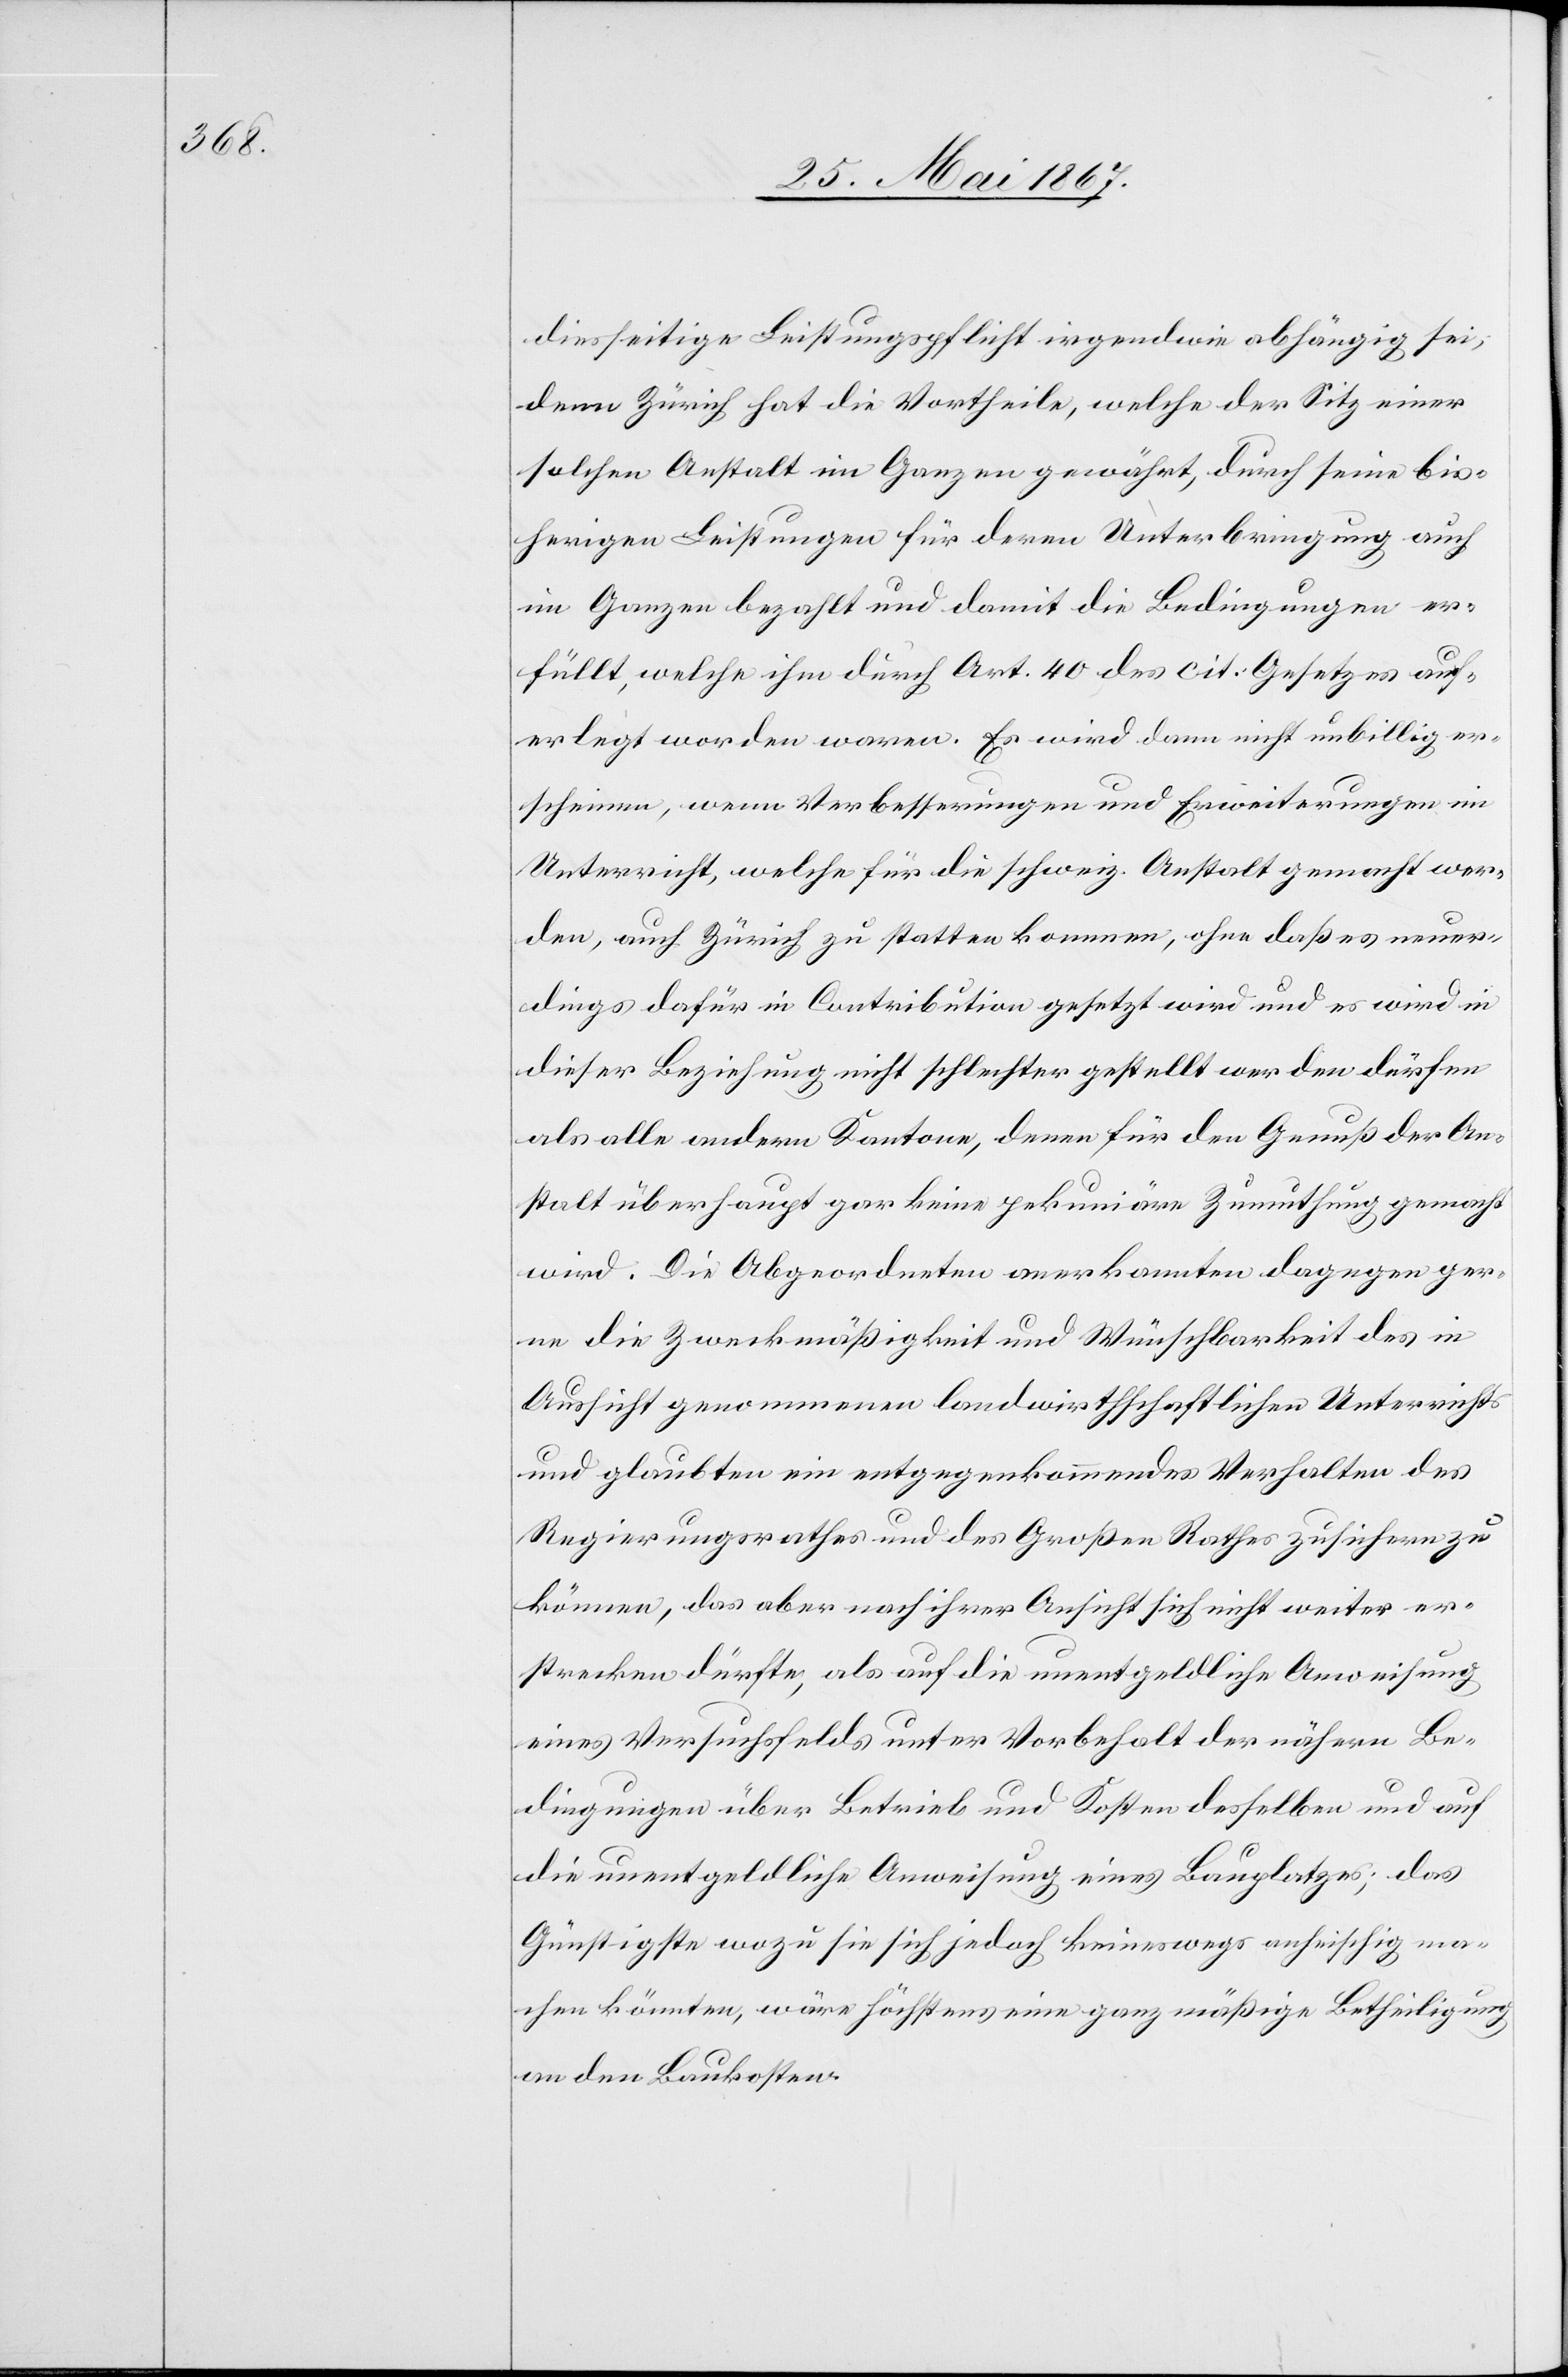
diesseitige Leistungspflicht irgendwie abhängig sei,
denn Zürich hat die Vortheile, welche der Sitz einer
solchen Anstalt im Ganzen gewährt, durch seine bis¬
herigen Leistungen für deren Unterbringung auch
im Ganzen bezahlt und damit die Bedingungen er¬
füllt, welche ihm durch Art. 40 des cit. Gesetzes auf¬
erlegt worden waren. Es wird dann nicht unbillig er¬
scheinen, wenn Verbesserungen und Erweiterungen im
Unterricht, welche für die schweiz. Anstalt gemacht wer¬
den, auch Zürich zu statten kommen, ohne daß es neuer¬
dings dafür in Contribution gesetzt wird und es wird in
dieser Beziehung nicht schlechter gestellt werden dürfen
als alle andern Kantone, denen für den Genuß der An¬
stalt überhaupt gar keine pekuniäre Zumuthung gemacht
wird. Die Abgeordneten anerkannten dagegen ger¬
ne die Zweckmäßigkeit und Wünschbarkeit des in
Aussicht genommenen landwirthschaftlichen Unterrichts
und glaubten ein entgegenkommendes Verhalten des
Regierungsrathes und des Großen Rathes zusichern zu
können, das aber nach ihrer Ansicht sich nicht weiter er¬
strecken dürfte, als auf die unentgeldliche Anweisung
eines Versuchsfelds unter Vorbehalt der nähern Be¬
dingungen über Betrieb und Kosten desselben und auf
die unentgeldliche Anweisung eines Bauplatzes; das
Günstigste wozu sie sich jedoch keineswegs anheischig ma¬
chen könnten, wäre höchstens eine ganz mäßige Betheiligung
an den Baukosten.